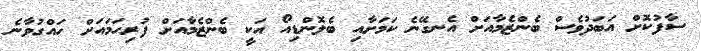
ސާފުކޮށް އަބަދުވެސް ބެންޒެމާއަށް އެނގޭނެ ކަމަށާއި ބެލޮންޑިއޯ އަކީ ބެންޒެމާއަށް ފުރިހަމައަށް ހައްގުވާނެ